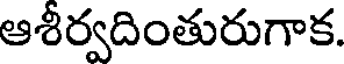
ఆశీర్వదింతురుగాక.